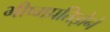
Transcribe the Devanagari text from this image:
भीष्मप्रतिज्ञेने